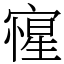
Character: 㝭